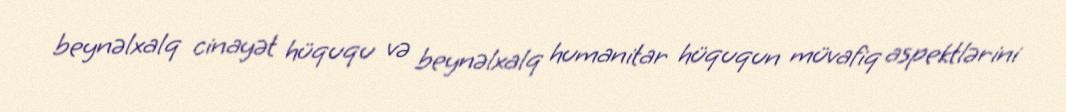
beynəlxalq cinayət hüququ və beynəlxalq humanitar hüququn müvafiq aspektlərini